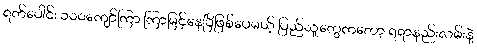
ရက်ပေါင်း ၁၀၀ကျော်ကြာ ကြာမြင့်နေပြီဖြစ်ပေမယ့် ပြည်သူတွေကတော့ ရရာနည်းလမ်းနဲ့